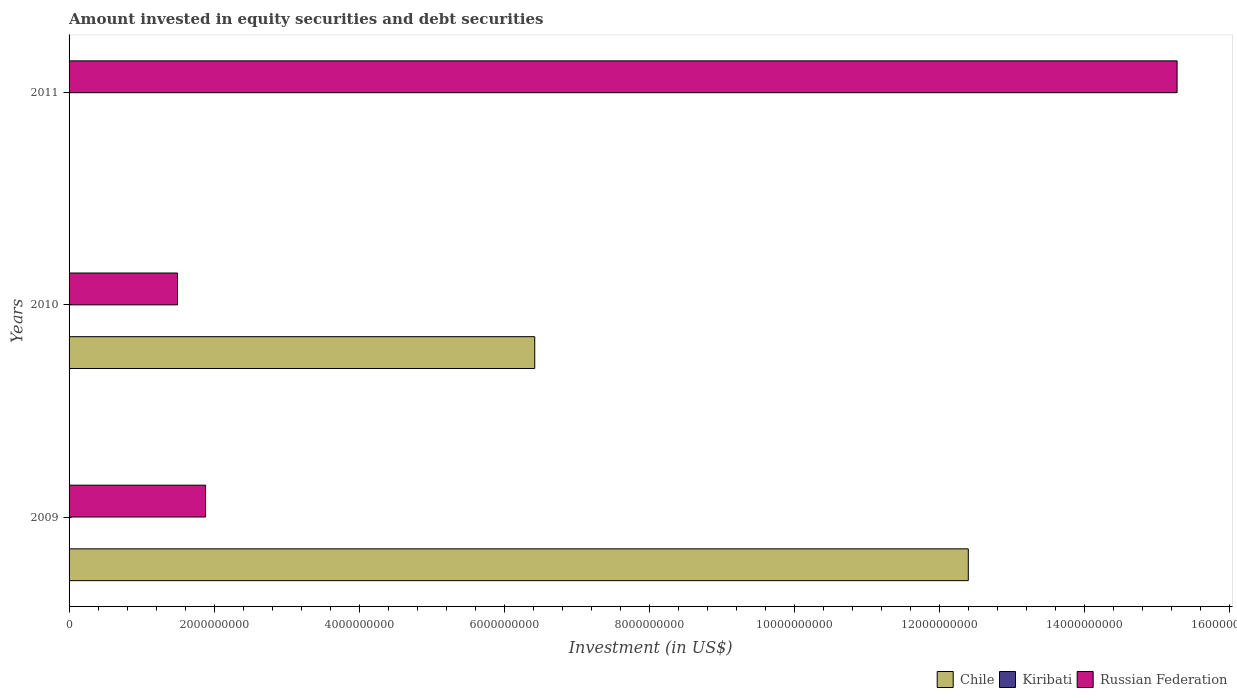
| Years | Chile | Kiribati | Russian Federation |
 | --- | --- | --- | --- |
 | 2009 | 1.24e+10 | 4.43e+06 | 1.88e+09 |
 | 2010 | 6.42e+09 | 1.1e+06 | 1.5e+09 |
 | 2011 | -1.15e+10 | -5.1e+06 | 1.53e+10 |